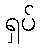
ရှပ်